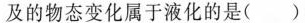
及的物态变化属于液化的是( )